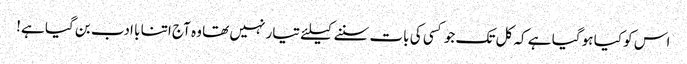
اس کو کیا ہو گیا ہے کہ کل تک جو کسی کی بات سننے کیلئے تیار نہیں تھا وہ آج اتنا با ادب بن گیا ہے!